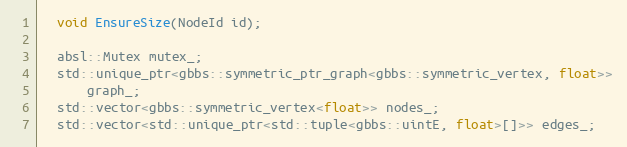
Language: C
  void EnsureSize(NodeId id);

  absl::Mutex mutex_;
  std::unique_ptr<gbbs::symmetric_ptr_graph<gbbs::symmetric_vertex, float>>
      graph_;
  std::vector<gbbs::symmetric_vertex<float>> nodes_;
  std::vector<std::unique_ptr<std::tuple<gbbs::uintE, float>[]>> edges_;